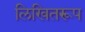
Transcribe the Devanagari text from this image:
लिखितरूप